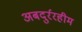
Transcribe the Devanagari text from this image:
अबदुर्ररहीम